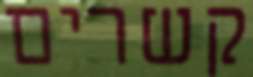
קשרים